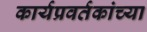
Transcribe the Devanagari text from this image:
कार्यप्रवर्तकांच्या